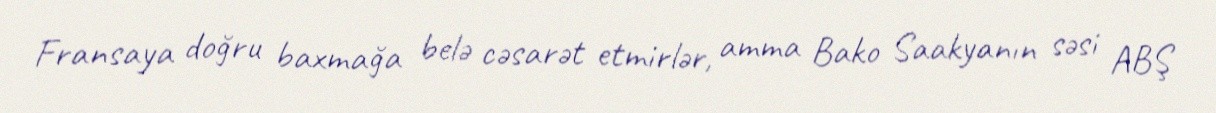
Fransaya doğru baxmağa belə cəsarət etmirlər, amma Bako Saakyanın səsi ABŞ